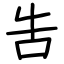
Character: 吿